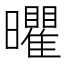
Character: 㬬